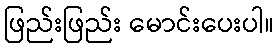
ဖြည်းဖြည်း မောင်းပေးပါ။